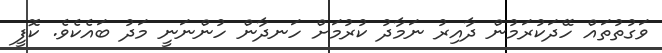
ވަގުތުތައް ހޭދަކުރަމުން ދާއިރު ނަމާދު ކުރުމަށް ހަނދާން ހުންނަނީ މަދު ބައެކެވެ. ކޮފީ